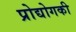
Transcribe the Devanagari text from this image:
प्रोद्योगकी